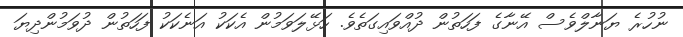
ނުހުރެ ޔަނާލްވެސް އޭނާގެ ފަހަތުން ދުއްވައިގަތެވެ. ހަޅޭލަވަމުން އެކަކު އަނެކަކު ފަހަތުން ދުވަމުންދިޔަ